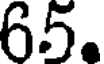
65.